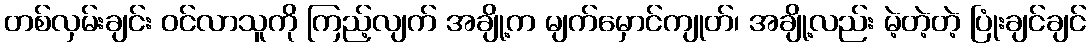
တစ်လှမ်းချင်း ဝင်လာသူကို ကြည့်လျက် အချို့က မျက်မှောင်ကျုတ်၊ အချို့လည်း မဲ့တဲ့တဲ့ ပြုံးချင်ချင်